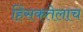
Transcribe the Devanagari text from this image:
हिंसकतेलाच